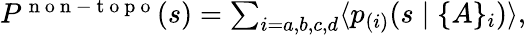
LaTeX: \begin{array}{r}{P^{\mathrm{~n~o~n~-~t~o~p~o~}}(s)=\sum_{i=a,b,c,d}\langle p_{(i)}(s\mid\{ A\} _{i})\rangle,}\end{array}